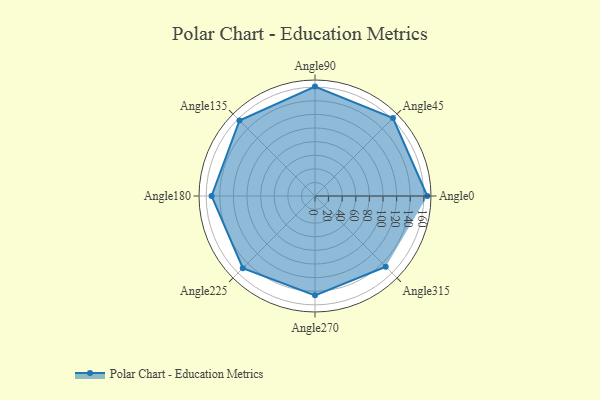
{"axis": {"x": "Angle", "y": "Radius"}, "legend": [""], "data": [{"x": "Angle0", "y": 165.0, "type": ""}, {"x": "Angle45", "y": 162.0, "type": ""}, {"x": "Angle90", "y": 161.0, "type": ""}, {"x": "Angle135", "y": 157.0, "type": ""}, {"x": "Angle180", "y": 152.0, "type": ""}, {"x": "Angle225", "y": 150.0, "type": ""}, {"x": "Angle270", "y": 146.0, "type": ""}, {"x": "Angle315", "y": 147.0, "type": ""}]}